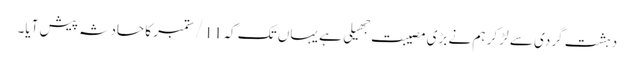
دہشت گردی سے لڑ کر ہم نے بڑی مصیبت جهیلی ہے یہاں تک کہ 11/ ستمبر کا حادثہ پیش آیا۔